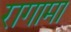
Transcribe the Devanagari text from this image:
रागामा